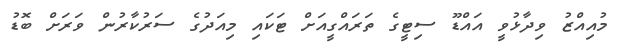
މުއިއްޒު ވިދާޅުވީ އައްޑޫ ސިޓީގެ ތަރައްގީއަށް ޓަކައި މިއަދުގެ ސަރުކާރުން ވަރަށް ބޮޑު